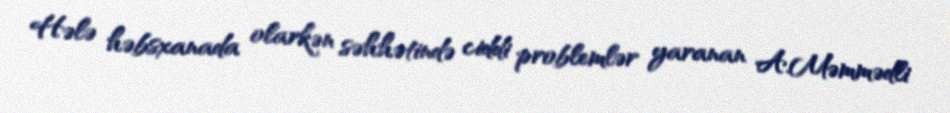
Hələ həbsxanada olarkən səhhətində ciddi problemlər yaranan A.Məmmədli